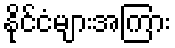
နိုင်ငံများအကြား